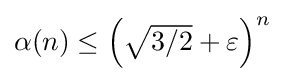
{\textstyle \alpha (n)\leq \left({\sqrt {3/2}}+\varepsilon \right)^{n}}